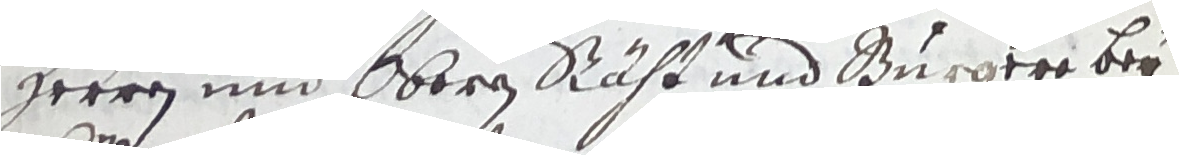
Herren und oberen räht und burgere bey